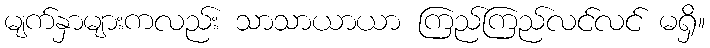
မျက်နှာများကလည်း သာသာယာယာ ကြည်ကြည်လင်လင် မရှိ။